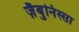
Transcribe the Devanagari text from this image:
ज़ैबुनिस्सा